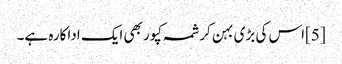
[5]اس کی بڑی بہن کرشمہ کپور بھی ایک اداکارہ ہے۔